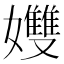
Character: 孇